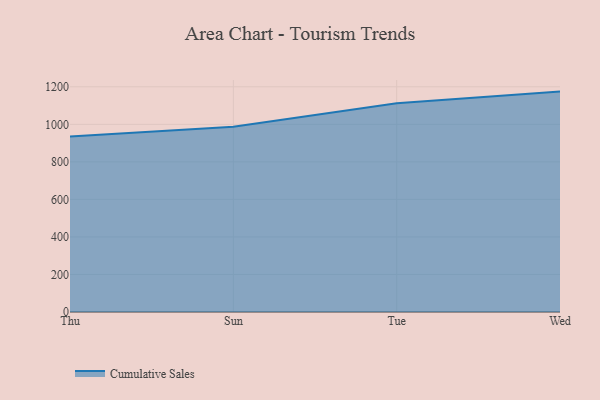
{"axis": {"x": "Day", "y": "Temperature (°C)"}, "legend": ["Cumulative Sales"], "data": [{"x": "Thu", "y": 935.8, "type": "Cumulative Sales"}, {"x": "Sun", "y": 986.8, "type": "Cumulative Sales"}, {"x": "Tue", "y": 1112.0, "type": "Cumulative Sales"}, {"x": "Wed", "y": 1174.4, "type": "Cumulative Sales"}]}